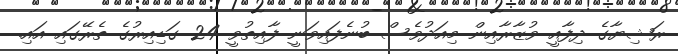
ރަޝިޔާގެ ދިފާއީ ވުޒާރާއިން މިއަދުވެސް ބުނެފައިވަނީ ފާއިތުވީ 24 ގަޑިއިރުގެ ތެރޭގައި އައި.